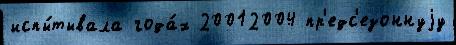
испы́тывала года́х 20012004 пр'едс'езоннуjу